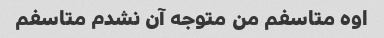
اوه متاسفم من متوجه آن نشدم متاسفم